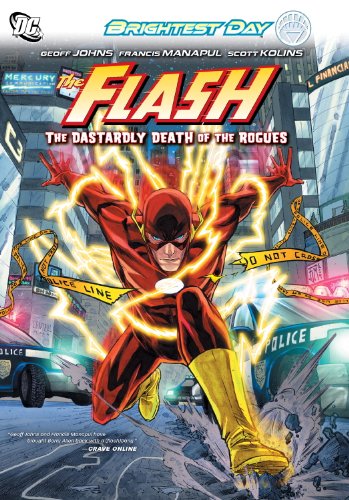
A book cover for Flash Vol. 1: The Dastardly Death of the Rogues! (Flash (DC Comics Unnumbered)); Geoff Johns; Comics & Graphic Novels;